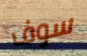
سوف